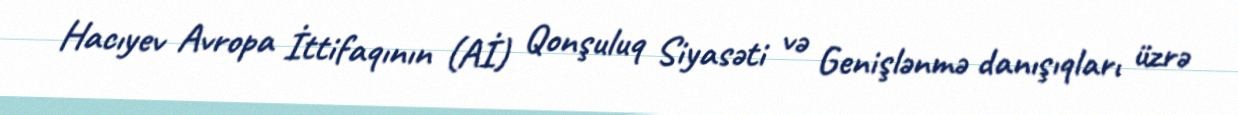
Hacıyev Avropa İttifaqının (Aİ) Qonşuluq Siyasəti və Genişlənmə danışıqları üzrə